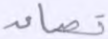
تصاعد